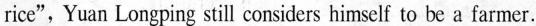
rice",Yuan Longping still considers himself to be a farmer.